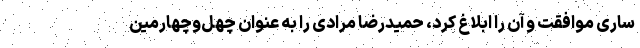
ساری موافقت و آن را ابلاغ کرد، حمیدرضا مرادی را به عنوان چهل‌وچهارمین